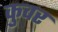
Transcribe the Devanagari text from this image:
कुवर